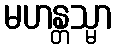
မဟန္တသ္မာ